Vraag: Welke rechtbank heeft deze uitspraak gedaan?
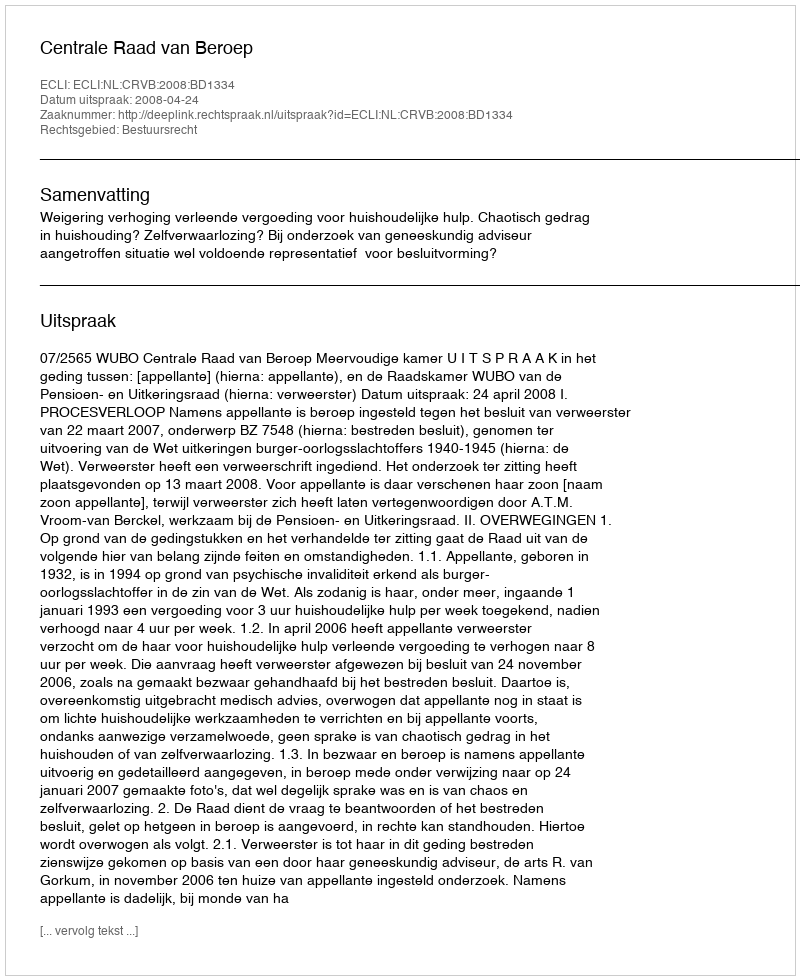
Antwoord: Centrale Raad van Beroep